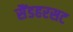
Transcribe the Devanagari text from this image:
सैंडहरसट